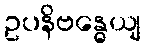
ဥပနိဗန္ဓေယျ